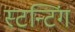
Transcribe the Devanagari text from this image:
स्टन्टिंग